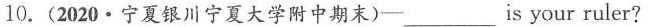
10.(2020·宁夏银川宁夏大学附中期末)—___ is your ruler?